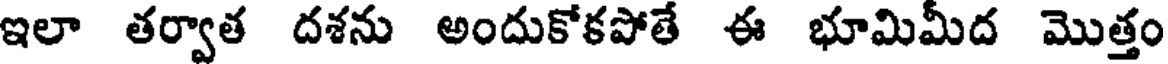
ఇలా తర్వాత దశను అందుకోకపోతే ఈ భూమిమీద మొత్తం